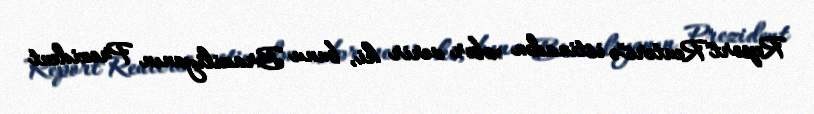
Report"Reuters"ə istinadən xəbər verir ki, bunu Braziliyanın Prezident